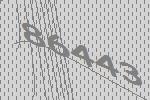
86443